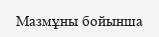
Мазмұны бойынша